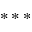
* * *